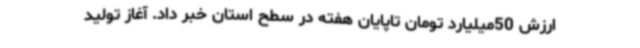
ارزش 50میلیارد تومان تاپایان هفته در سطح استان خبر داد. آغاز تولید